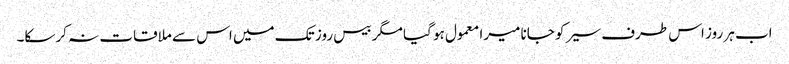
اب ہر روز اس طرف سیر کو جانا میرا معمول ہو گیا مگر بیس روز تک میں اس سے ملاقات نہ کرسکا۔